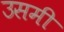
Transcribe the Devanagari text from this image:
उसमी